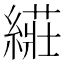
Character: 𱺀